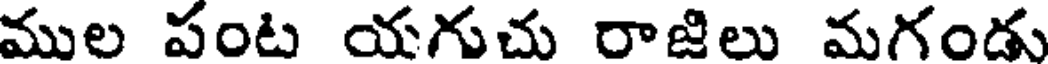
ముల పంట యగుచు రాజిలు మగండు